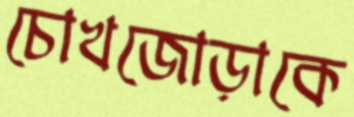
চোখজোড়াকে